Civil Veterinary Department. Central Provinces & Berar 1925-31 - 1925-1931
Year: 1925
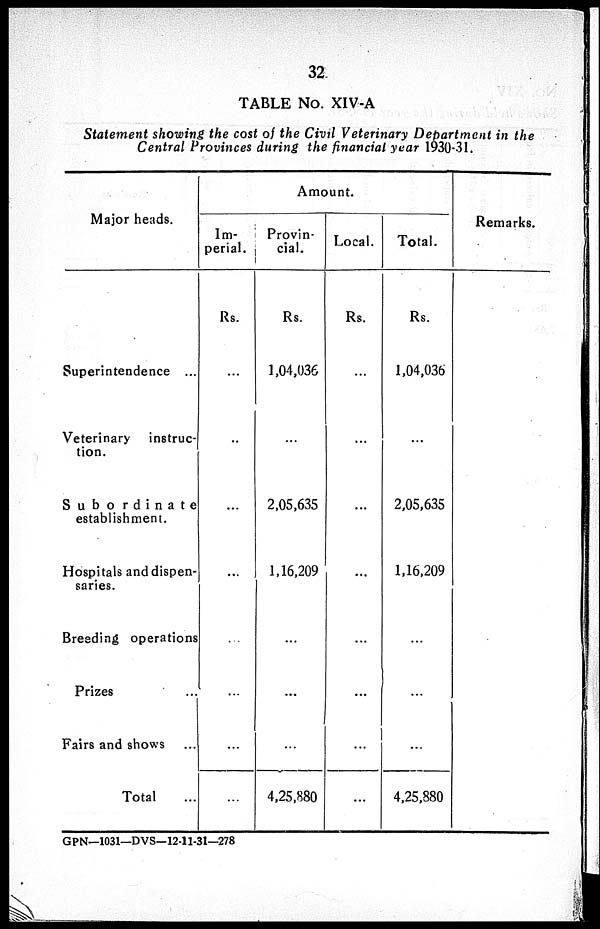
32
TABLE No. XIV-A
Statement showing the cost of the Civil Veterinary Department in the
Central Provinces during the financial year 1930-31.
Major heads.
Superintendence ...
Veterinary instruc-
tion.
Subordinate
establishment.
Hospitals and dispen-
saries.
Breeding operations
Prizes ...
Fairs and shows ...
Total ...
Amount.
Im-
perial.
Rs.
...
...
...
...
...
...
...
...
Provin-
cial.
Rs.
1,04,036
...
2,05,635
1,16,209
...
...
...
4,25,880
Local.
Rs.
...
...
...
...
...
...
...
...
Total.
Rs.
1,04,036
...
2,05,635
1,16,209
...
...
...
4,25,880
Remarks.
GPN—1031—DVS—12-11-31—278